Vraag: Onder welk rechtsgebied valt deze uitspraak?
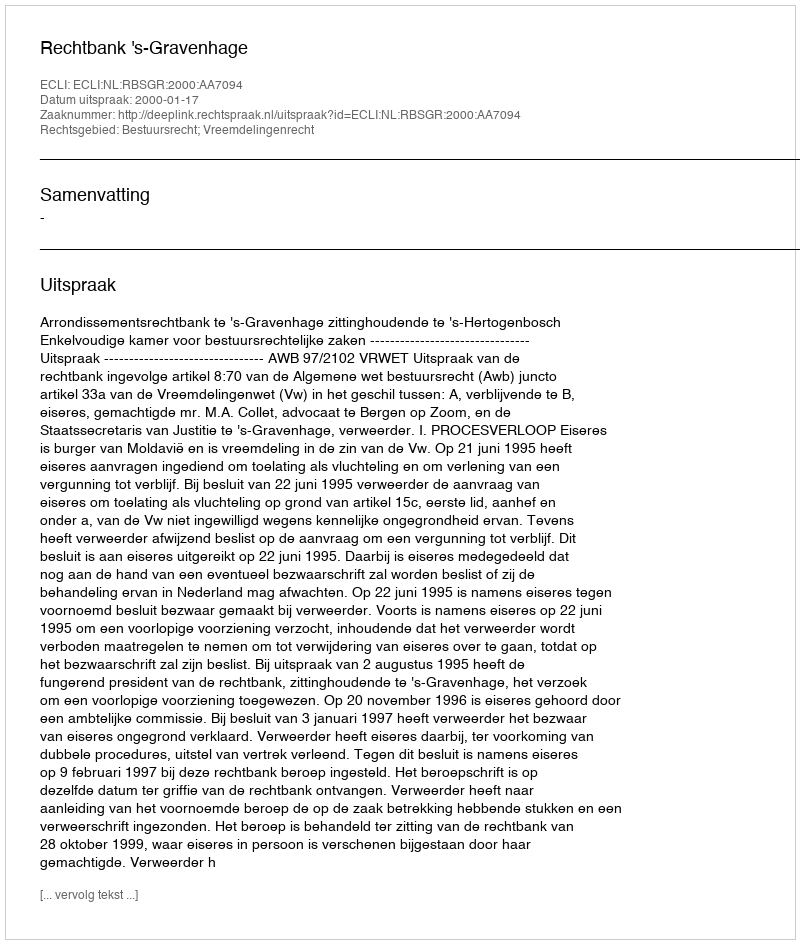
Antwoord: Bestuursrecht; Vreemdelingenrecht